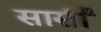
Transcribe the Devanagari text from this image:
सार्सी